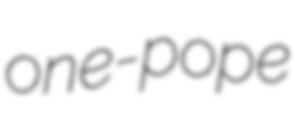
one-pope